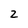
Character: 2